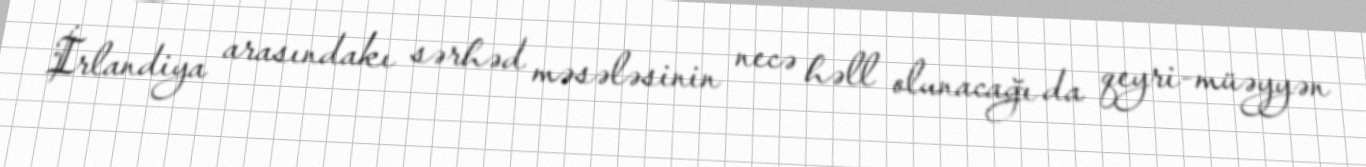
İrlandiya arasındakı sərhəd məsələsinin necə həll olunacağı da qeyri-müəyyən